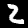
Label: 2